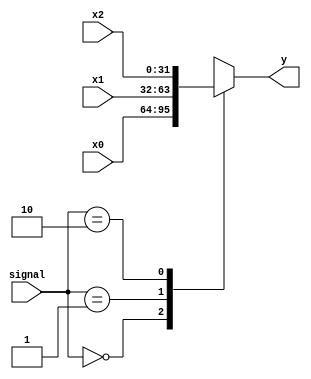
`timescale 1ns / 1ps
//////////////////////////////////////////////////////////////////////////////////
// Company: 
// Engineer: 
// 
// Design Name: 
// Module Name: MUX3_2
// Project Name: 
// Target Devices: 
// Tool Versions: 
// Description: 
// 
// Dependencies: 
// 
// Revision:
// Revision 0.01 - File Created
// Additional Comments:
// 
//////////////////////////////////////////////////////////////////////////////////


module MUX3_2(
    x0,x1,x2,signal,y
    );
    input [31:0] x0,x1,x2;
    input [1:0] signal;
    output [31:0] y;
    
    function [31:0] select;
        input [31:0] x0,x1,x2;
        input [1:0] signal;
        case(signal)
            0:select=x0;
            1:select=x1;
            2:select=x2;
        endcase
    endfunction
    assign y=select(x0,x1,x2,signal);
endmodule